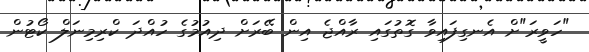
"ހަވީރަ"ށް އެނގިފައިވާ ގޮތުގައި ރާއްޖެ އިން ބޭރަށް ދިއުމުގެ ހުއްދަ ކްރިމިނަލް ކޯޓުން